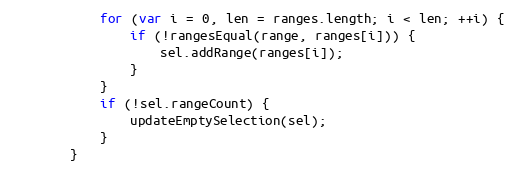
Language: JavaScript
            for (var i = 0, len = ranges.length; i < len; ++i) {
                if (!rangesEqual(range, ranges[i])) {
                    sel.addRange(ranges[i]);
                }
            }
            if (!sel.rangeCount) {
                updateEmptySelection(sel);
            }
        }